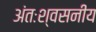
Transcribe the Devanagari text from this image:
अंतःश्वसनीय